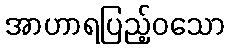
အာဟာရပြည့်ဝသော